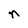
Character: n